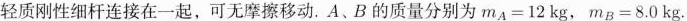
轻质刚性细杆连接在一起，可无摩擦移动。A、B的质量分别为$$m _ { A } = 1 2 k g$$，$$m _ { B } = 8 . 0 k g$$。